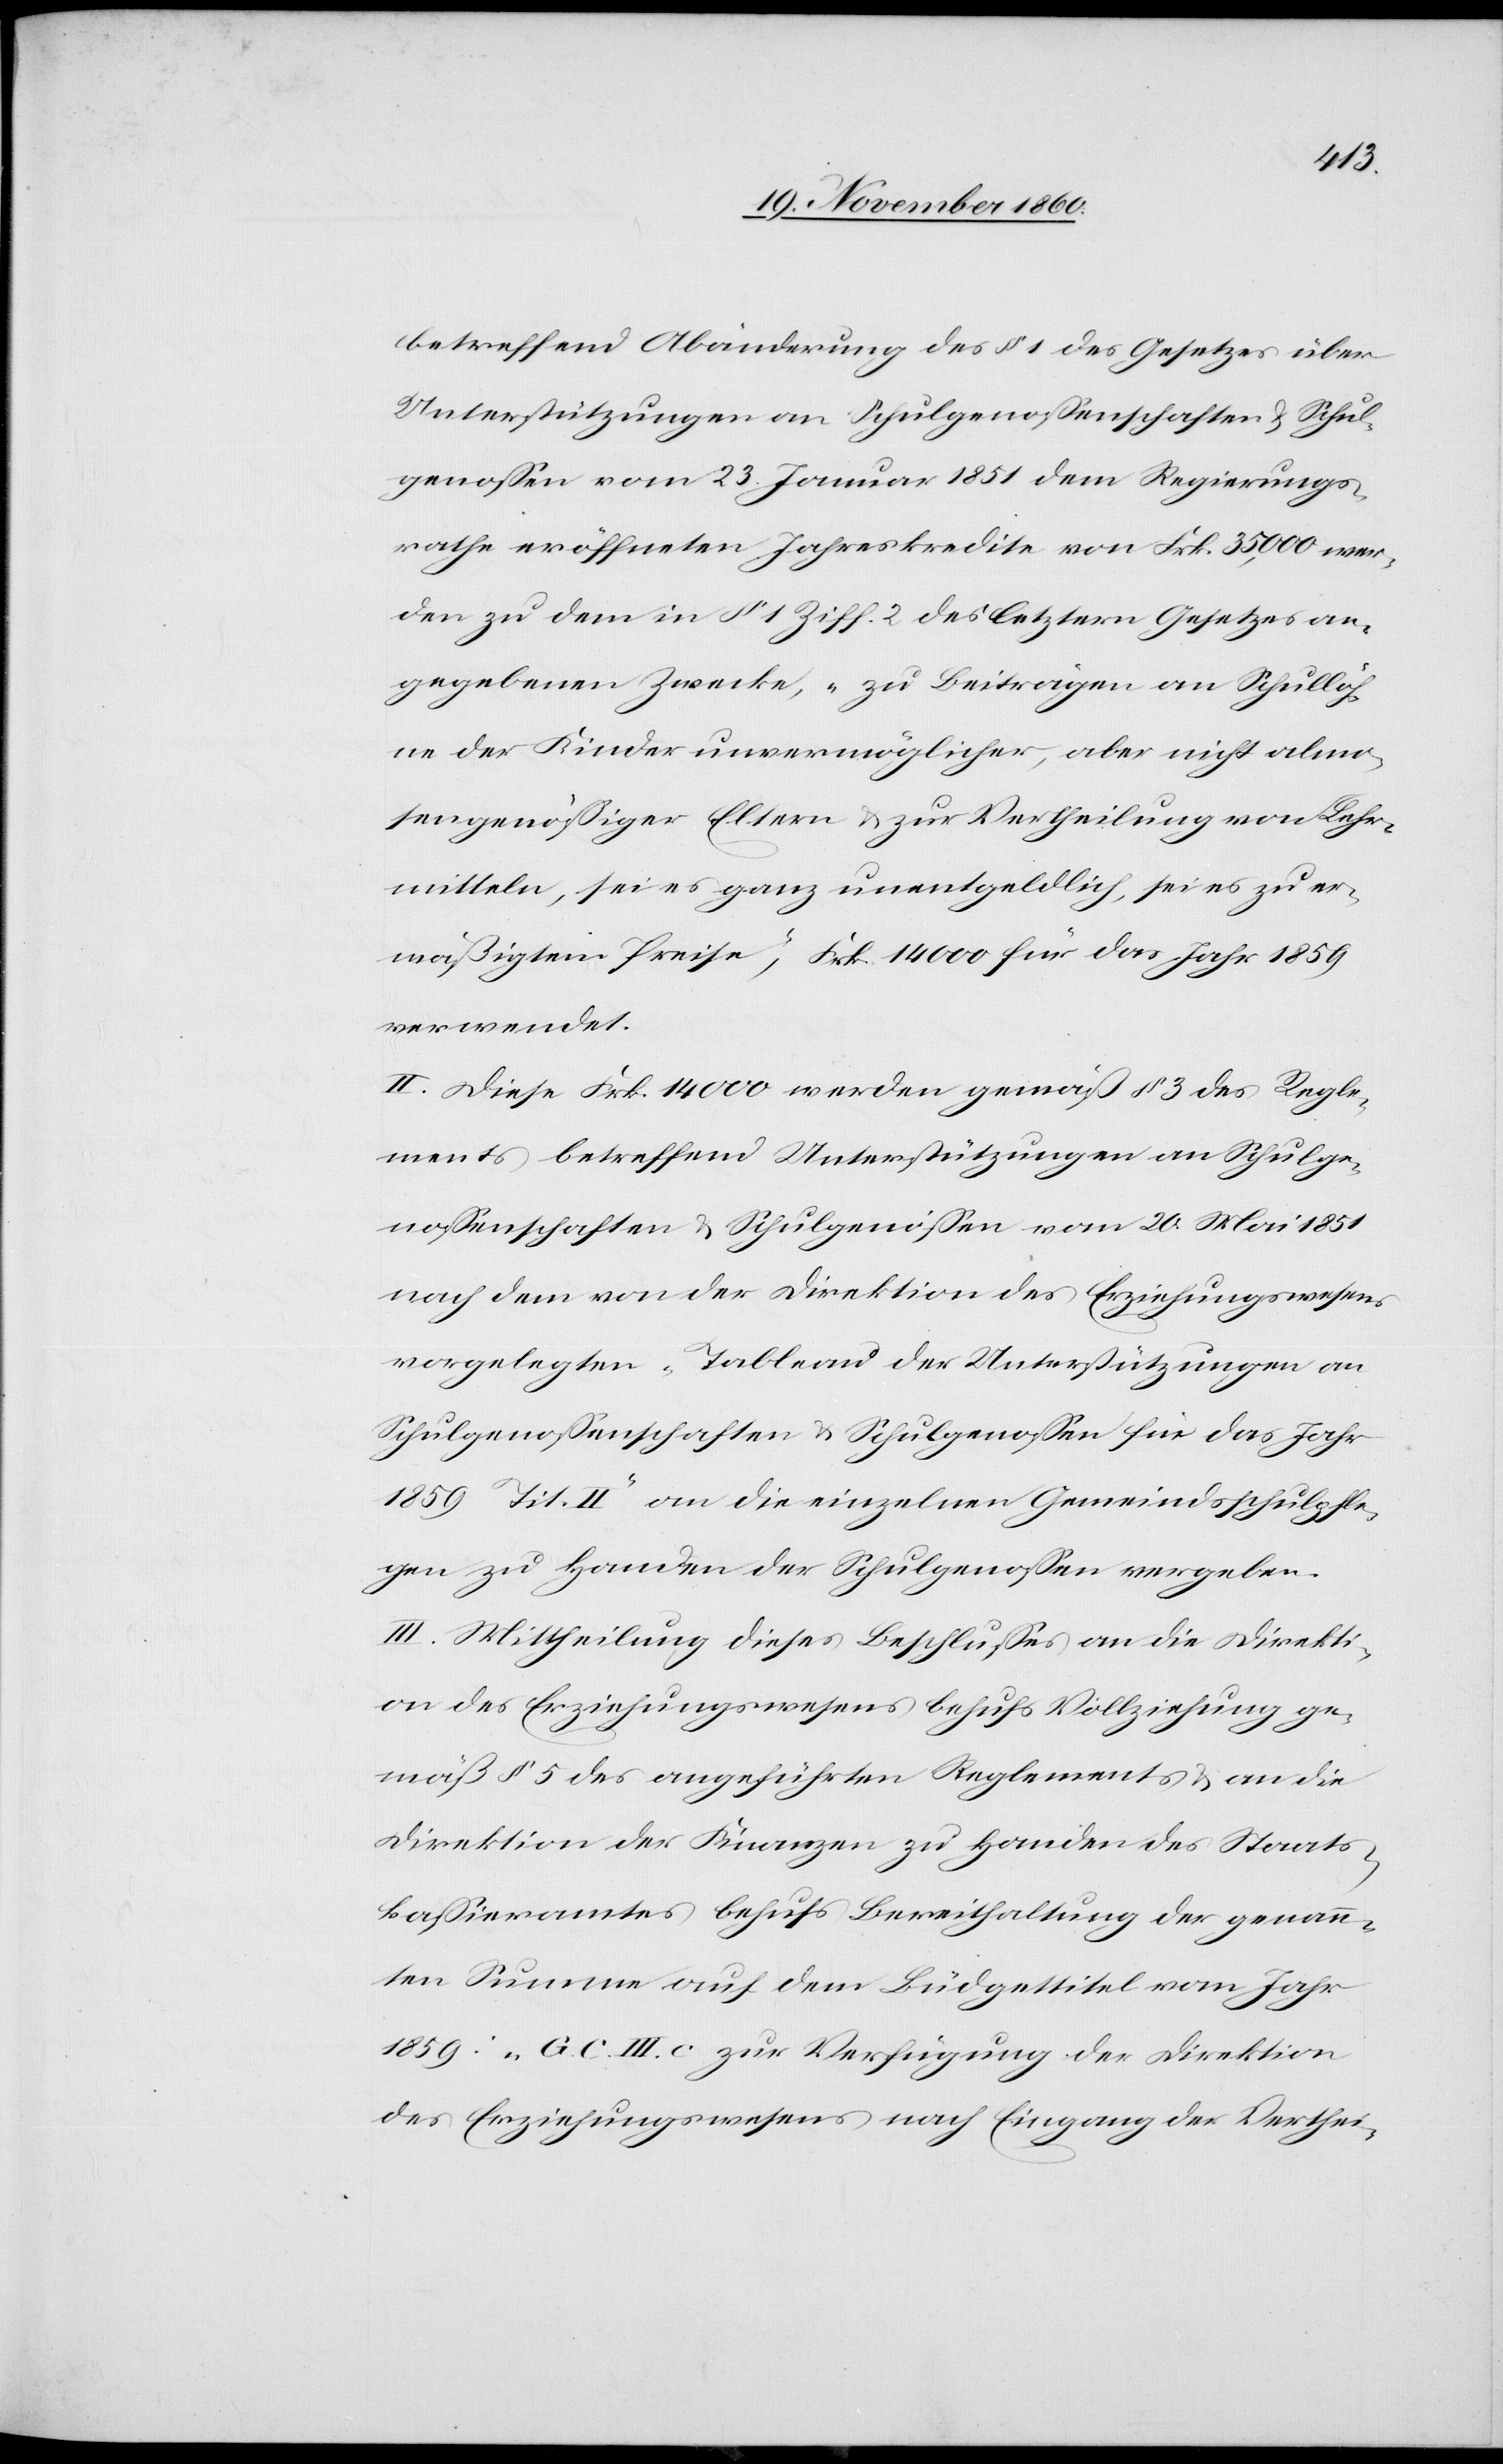
betreffend Abänderung des § 1 des Gesetzes über
Unterstützungen an Schulgenossenschaften u. Schul¬
genossen vom 23. Januar 1851 dem Regierungs¬
rathe eröffneten Jahreskredite von Frk. 35,000 wer¬
den zu dem in § 1 Ziff. 2 des letztern Gesetzes an¬
gegebenen Zwecke, „zu Beiträgen an Schullöh¬
nen der Kinder unvermöglicher, aber nicht almo¬
sengenössiger Eltern u. zur Vertheilung von Lehr¬
mitteln, sei es ganz unentgeldlich, sei es zu er¬
mäßigtem Preise“, Frk. 14 000 für das Jahr 1859
verwendet.
II. Diese Frk. 14 000 werden gemäß § 3 des Regle¬
ments betreffend Unterstützungen an Schulge¬
nossenschaften u. Schulgenossen vom 20. Mai 1851
nach dem von der Direktion des Erziehungswesens
vorgelegten „Tableau der Unterstützungen an
Schulgenossenschaften u. Schulgenossen für das Jahr
1859 Tit. II“ an die einzelnen Gemeindsschulpfle¬
gen zu Handen der Schulgenossen vergeben.
III. Mittheilung dieses Beschlusses an die Direkti¬
on des Erziehungswesens behufs Vollziehung ge¬
mäß § 5 des angeführten Reglements u. an die
Direktion der Finanzen zu Handen des Staats¬
kassieramtes behufs Bereithaltung der genann¬
ten Summe auf dem Büdgettitel vom Jahr
1859: „G. C. III c. zur Verfügung der Direktion
des Erziehungswesens nach Eingang der Verthei-